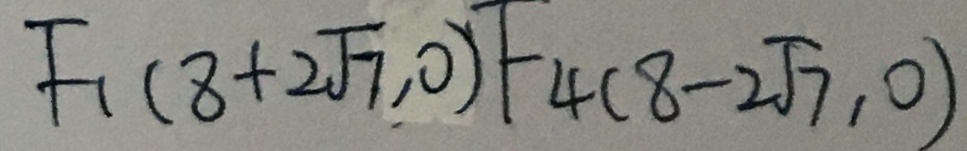
F _ { 1 } ( 8 + 2 \sqrt { 7 } , 0 ) F _ { 4 } ( 8 - 2 \sqrt { 7 } , 0 )